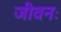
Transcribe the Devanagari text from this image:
जीवनः